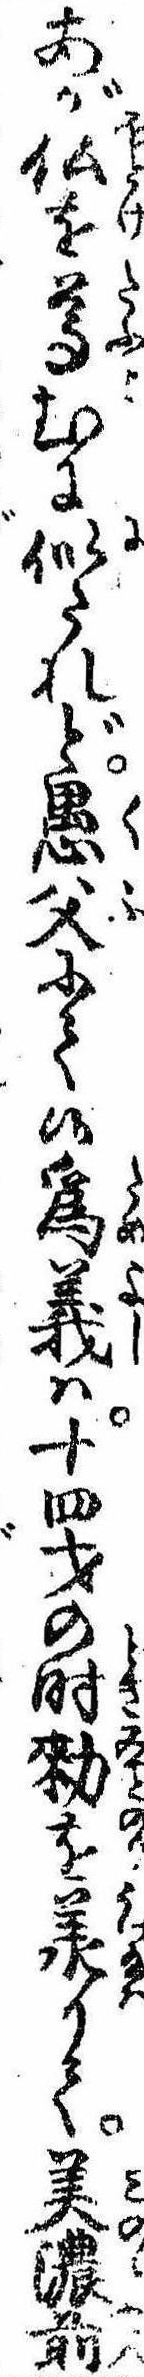
あが仏を尊むに似たれど愚父にて候為義は十四才の時勅を承りて美濃前